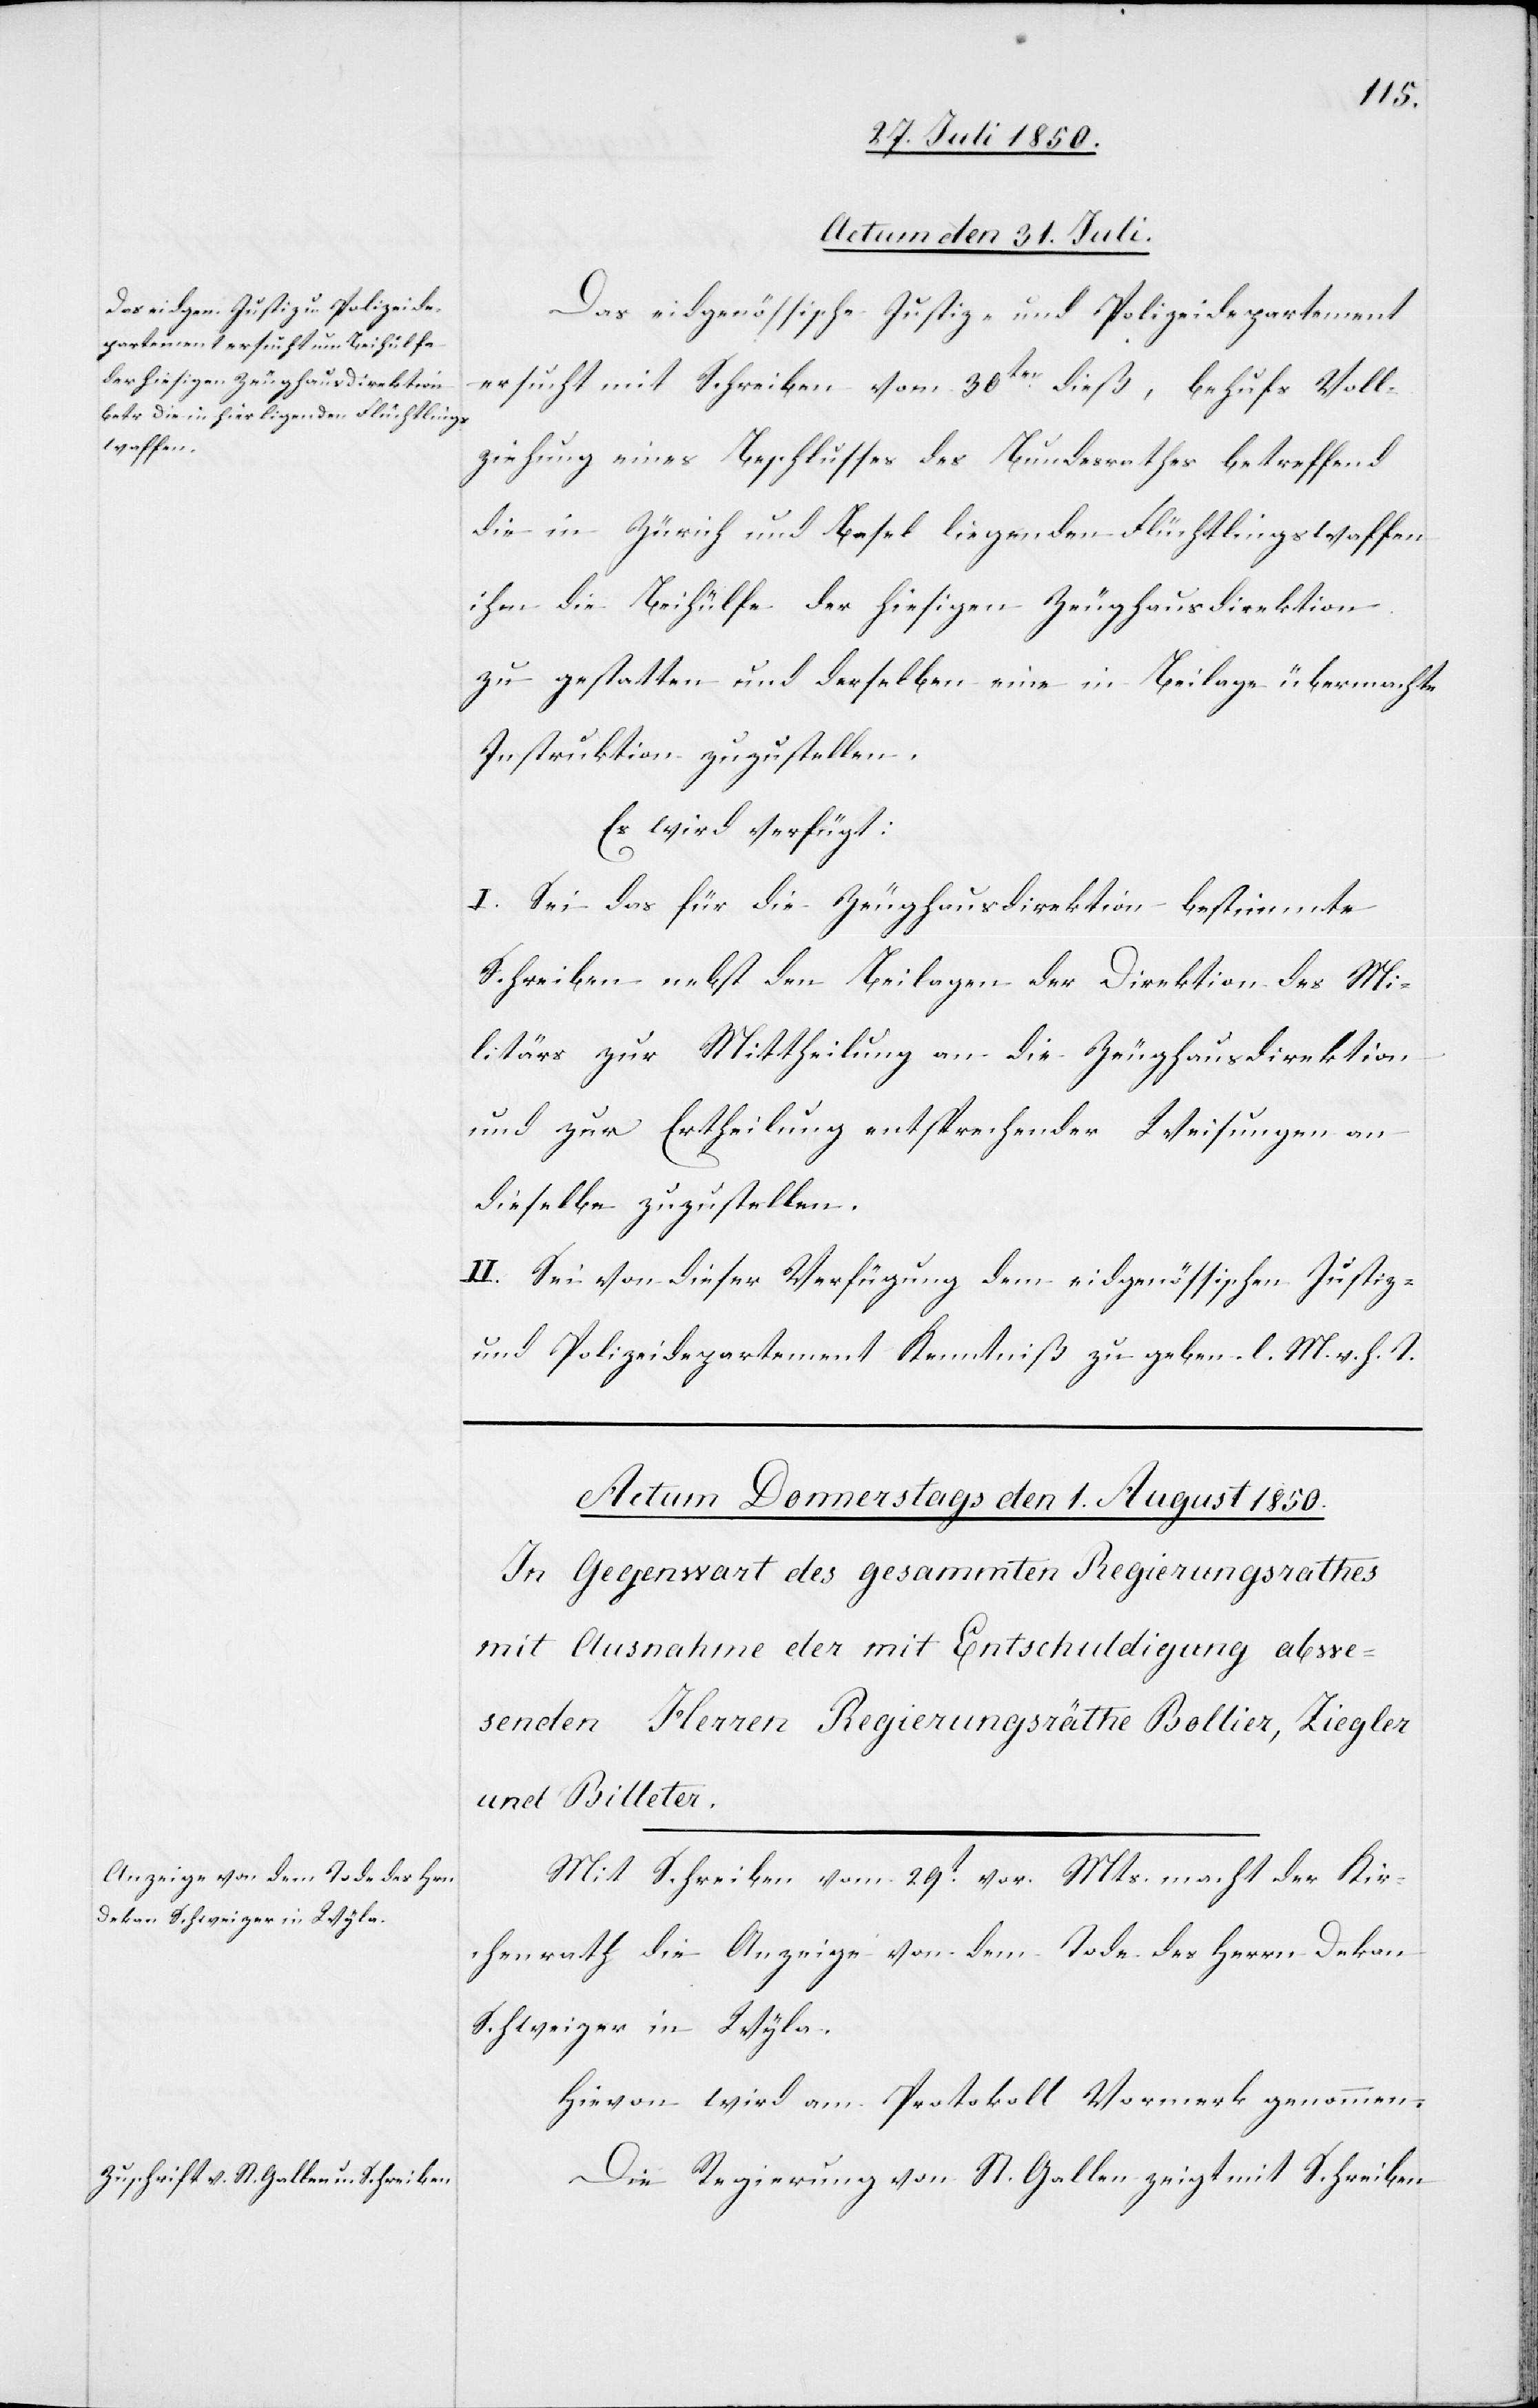
Actum den 31. Juli
Das eidgenössische Justiz- und Polizeidepartement
ersucht mit Schreiben vom 30ten dieß, behufs Voll¬
ziehung eines Beschlusses des Bundesrathes betreffend
die in Zürich und Basel liegenden Flüchtlingswaffen
ihm die Beihülfe der hiesigen Zeughausdirektion
zu gestatten und derselben eine in Beilage übermachte
Instruktion zuzustellen.
Es wird verfügt:
I. Sei das für die Zeughausdirektion bestimmte
Schreiben nebst den Beilagen der Direktion des Mi¬
litärs zur Mittheilung an die Zeughausdirektion
und zur Ertheilung entsprechender Weisungen an
dieselbe zuzustellen.
II. Sei von dieser Verfügung dem eidgenössischen Justiz-
und Polizeidepartement Kenntniß zu geben. l. M. h. T.
Mit Schreiben vom 29t vor. Mts. macht der Kir¬
chenrath die Anzeige von dem Tode des Herrn Dekan
Schweizer in Wyla.
Hievon wird am Protokoll Vormerk genommen.
Die Regierung von St. Gallen zeigt mit Schreiben